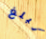
نبلغ